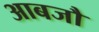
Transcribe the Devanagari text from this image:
आबजौ